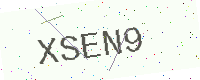
Text: XSEN9